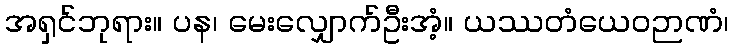
အရှင်ဘုရား။ ပန၊ မေးလျှောက်ဦးအံ့။ ယဿတံယေဝဉာဏံ၊